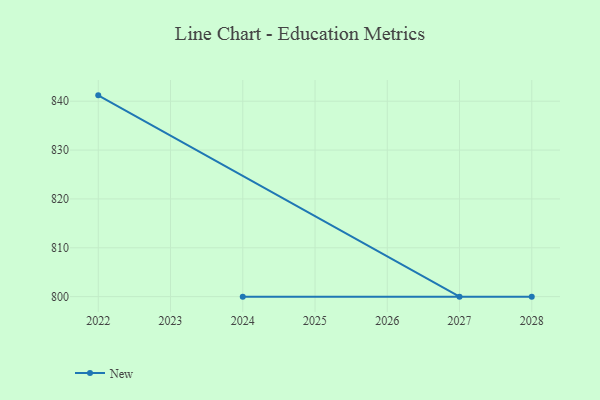
{"axis": {"x": "Year", "y": "Waste Production (Tons)"}, "legend": ["New"], "data": [{"x": "2022", "y": 841.2, "type": "New"}, {"x": "2027", "y": 800, "type": "New"}, {"x": "2024", "y": 800, "type": "New"}, {"x": "2028", "y": 800, "type": "New"}]}